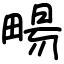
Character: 畼